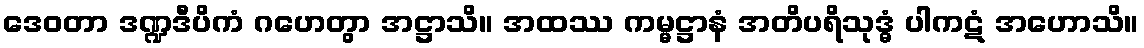
ဒေဝတာ ဒဏ္ဍဒီပိကံ ဂဟေတွာ အဋ္ဌာသိ။ အထဿ ကမ္မဋ္ဌာနံ အတိပရိသုဒ္ဓံ ပါကဋံ အဟောသိ။